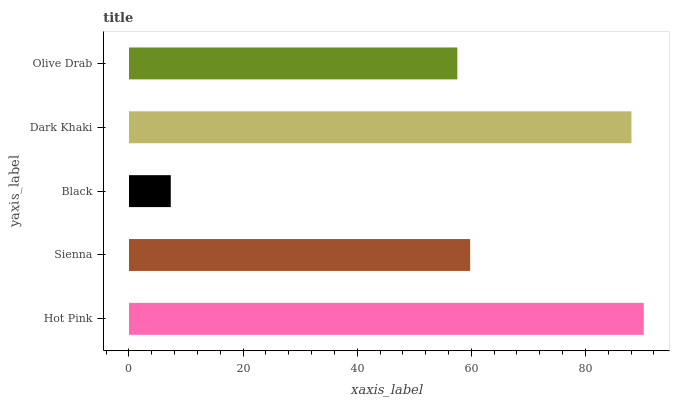
| yaxis_label | bars |
 | --- | --- |
 | Hot Pink | 90.2 |
 | Sienna | 59.8 |
 | Black | 7.32 |
 | Dark Khaki | 88.1 |
 | Olive Drab | 57.5 |